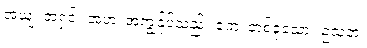
အယျ၊ အရှင်။ အဟံ၊ အကျွန်ုပ်သည်။ ဧကံ၊ တစ်ခုသော။ ဥသဘံ၊